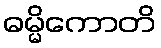
ဓမ္မိကောတိ